Civil Veterinary Department. Madras. Admin. report 1926-33 - 1926-1933
Year: 1926
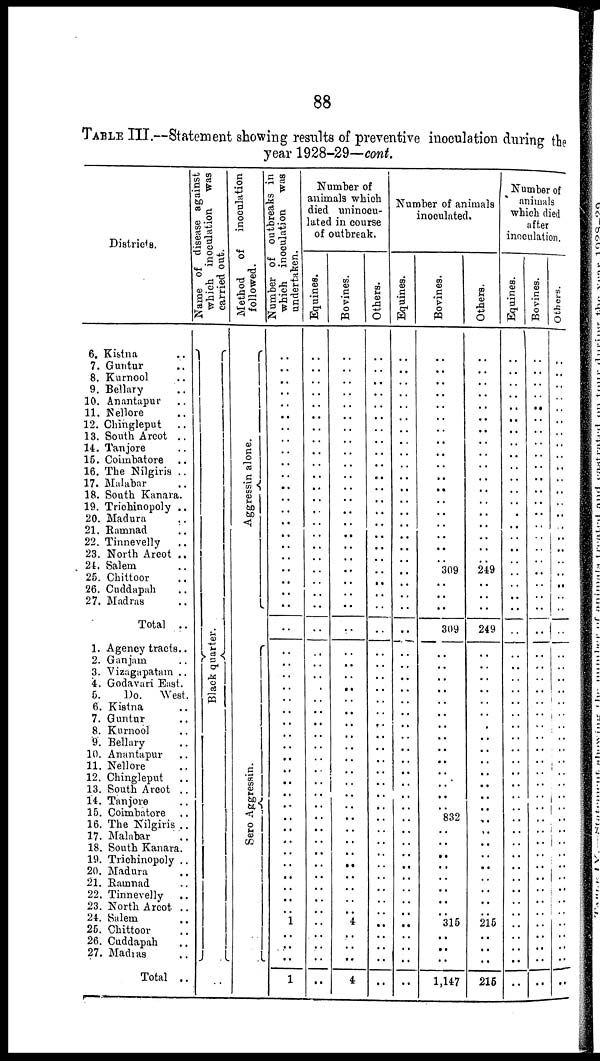
88
TABLE III.—Statement showing results of preventive inoculation during the
year 1928-29—cont.
Districts.
6. Kistna ..
7. Guntur ..
8. Kurnool ..
9. Bellary ..
10. Anantapur ..
11. Nellore ..
12. Chingleput ..
13. South Arcot ..
14. Tanjore ..
15. Coimbatore ..
16. The Nilgiris ..
17. Malabar ..
18. South Kanara.
19. Trichinopoly ..
20. Madura ..
21. Ramnad ..
22. Tinnevelly
..
23. North Arcot ..
24. Salem ..
25. Chittoor ..
26. Cuddapah ..
27. Madras
Total ..
1. Agency tracts..
2. Ganjam ..
3. Vizagapatam ..
4. Godavari East.
5.
Do. West.
6. Kistna ..
7. Guntur ..
8. Kurnool ..
9. Bellary ..
10. Anantapur ..
11. Nellore ..
12. Chingleput ..
13. South Arcot ..
14. Tanjore ..
15. Coimbatore ..
16. The Nilgiris ..
17. Malabar ..
18. South Kanara.
19. Trichinopoly ..
20. Madura ..
21. Ramnad ..
22. Tinnevelly ..
23. North Arcot ..
24. Salem ..
25. Chittoor ..
26. Cuddapah ..
27. Madias ..
Total ..
Name of disease against
which inoculation was
carried out.
Black quarter.
Method of inoculation
followed.
Aggressin alone.
Sero Aggressin.
Number of outbreaks in
which inoculation was
undertaken.
..
..
..
..
..
..
..
..
..
..
..
..
..
..
..
..
..
..
..
..
..
..
..
..
..
..
..
..
..
..
..
..
..
..
..
..
..
..
..
..
..
..
..
..
..
..
1
..
..
..
1
Number of
animals which
died uninocu-
lated in course
of outbreak.
Equines.
..
..
..
..
..
..
..
..
..
..
..
..
..
..
..
..
..
..
..
..
..
..
..
..
..
..
..
..
..
..
..
..
..
....
..
..
..
..
..
..
..
..
..
..
..
..
..
..
..
..
..
Bovines.
..
..
..
..
..
..
..
..
..
..
..
..
..
..
..
..
..
..
..
..
..
..
..
..
..
..
..
..
..
..
..
..
..
..
..
..
..
..
..
..
..
..
..
..
..
..
4
..
..
..
4
Others.
..
..
..
..
..
..
..
..
..
..
..
..
..
..
..
..
..
..
..
..
..
..
..
..
..
..
..
..
..
..
..
..
..
..
..
..
..
..
..
..
..
..
..
..
..
..
..
..
..
..
..
Number of animals
inoculated.
Equines.
..
..
..
..
..
..
..
..
..
..
..
..
..
..
..
..
..
..
..
..
.. ..
..
..
..
..
..
..
..
..
..
..
..
..
..
..
..
..
..
..
..
..
..
..
..
..
..
..
..
..
..
..
Bovines.
..
..
..
..
..
..
..
..
..
..
..
..
..
..
..
...
..
..
309
..
..
..
309
..
..
..
..
..
..
..
..
..
..
..
..
..
..
832
..
..
..
..
..
..
..
..
315
..
..
..
1,147
Others.
..
..
..
..
..
..
..
..
..
..
..
..
..
..
..
..
..
..
249
..
..
..
249
..
..
..
..
..
..
..
..
..
..
..
..
..
..
..
..
..
..
..
..
..
..
..
215
..
..
..
216
Number of
animals
which died
after
inoculation.
Equines.
..
..
..
..
..
..
..
..
..
..
..
..
..
..
..
..
..
..
..
..
..
..
..
..
..
..
..
..
..
..
..
..
..
..
..
..
..
..
..
..
..
..
..
..
..
..
..
..
..
..
Bovines.
..
..
..
..
..
..
..
..
..
..
..
..
..
..
..
..
..
..
..
..
..
..
..
..
..
..
..
..
..
..
..
..
..
..
..
..
..
..
..
..
..
..
..
..
..
..
..
..
..
..
..
Others.
..
..
..
..
..
..
..
..
..
..
..
..
..
..
..
..
..
..
..
..
..
..
....
..
..
..
..
..
..
..
..
..
..
..
..
..
..
..
..
..
..
..
..
..
..
..
..
..
..
..
..